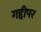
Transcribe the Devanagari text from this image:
गद्दीपर